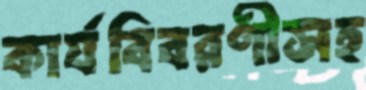
কার্যবিবরণীসহ